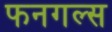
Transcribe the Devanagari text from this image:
फनगल्स